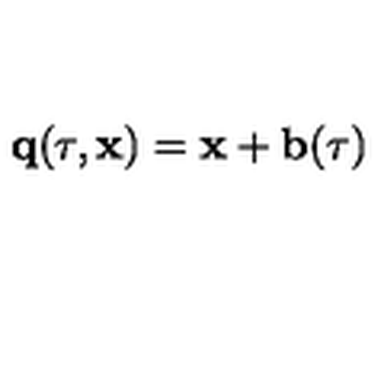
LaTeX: { \bf q } ( \tau , { \bf x } ) = { \bf x } + { \bf b } ( \tau )